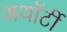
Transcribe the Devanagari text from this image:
अथॉर्टी